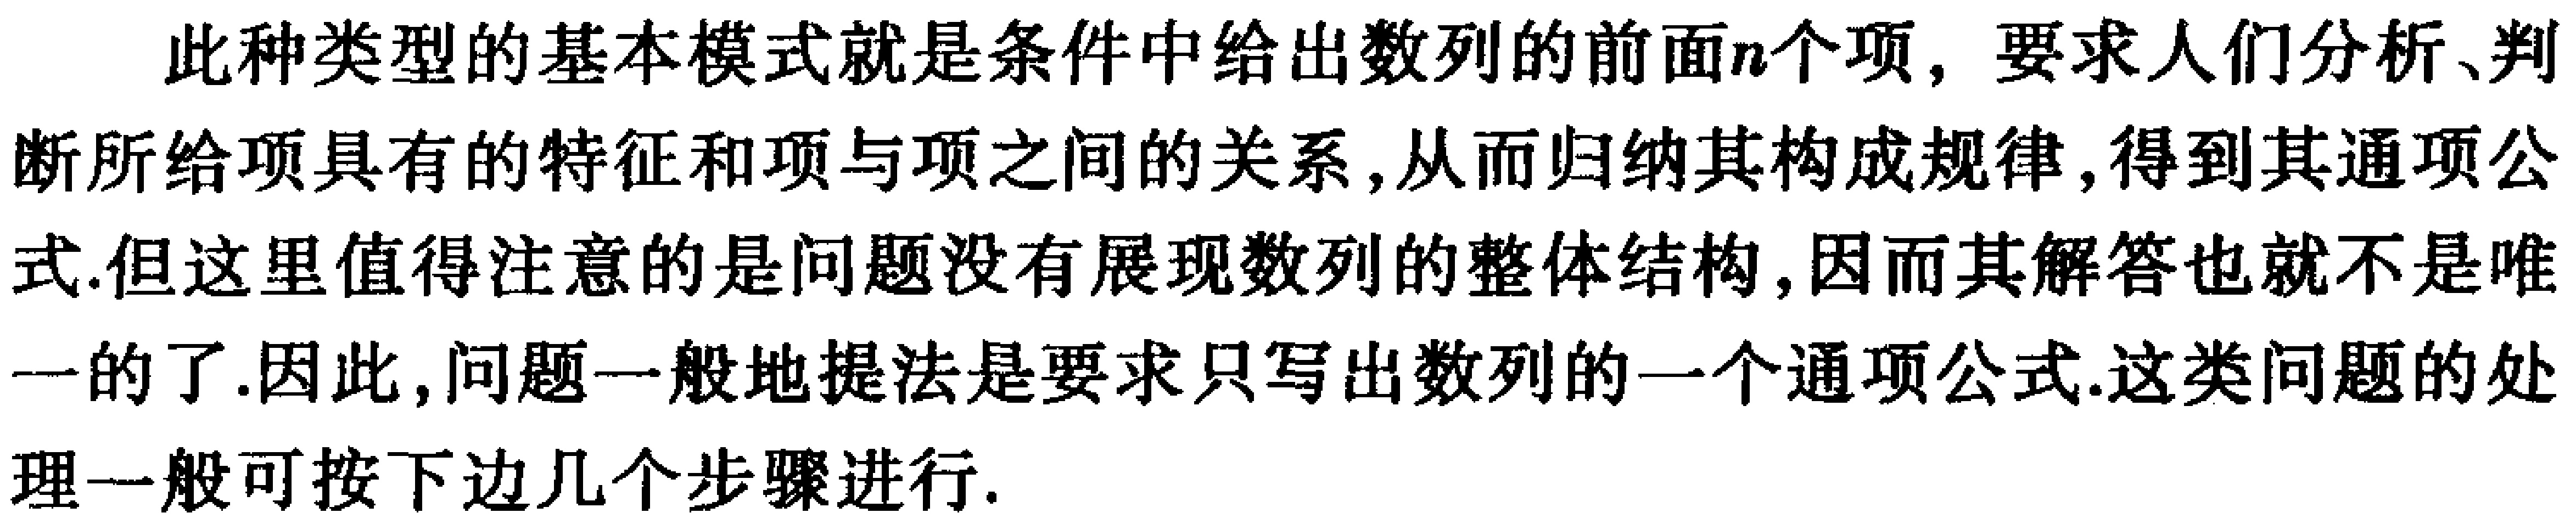
此种类型的基本模式就是条件中给出数列的前面\(n\)个项，要求人们分析、判断所给项具有的特征和项与项之间的关系，从而归纳其构成规律，得到其通项公式.但这里值得注意的是问题没有展现数列的整体结构，因而其解答也就不是唯一的了.因此，问题一般地提法是要求只写出数列的一个通项公式.这类问题的处理一般可按下边几个步骤进行.